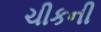
ચીકની